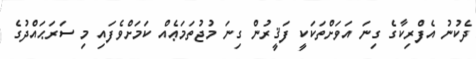
ދެކުނު އެފްރިކާގެ ގިނަ އަވަށްތަކަކީ ފަޤީރުން ގިނަ މުޖުތަމަޢެއް ކަމަށްވެފައި މި ސަރަޙައްދުގެ